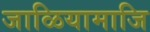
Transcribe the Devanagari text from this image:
जाळियामाजि